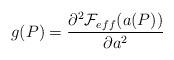
LaTeX: \begin{align*}g(P)= \frac {\partial ^{2} {\cal F}_{eff}(a(P))}{\partial a^{2}}\end{align*}